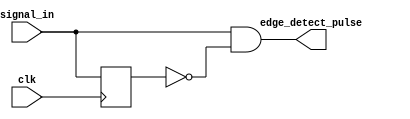
module edge_detector #(
    parameter WIDTH = 1
)(
    input clk,
    input [WIDTH-1:0] signal_in,
    output [WIDTH-1:0] edge_detect_pulse
);
    // TODO: implement a multi-bit edge detector that detects a rising edge of 'signal_in[x]'
    // and outputs a one-cycle pulse 'edge_detect_pulse[x]' at the next clock edge
    // Feel free to use as many number of registers you like
	reg [WIDTH-1:0] signal_in_delay;
	always @(posedge clk) begin
		signal_in_delay <= signal_in;
	end

	assign edge_detect_pulse = signal_in & ~signal_in_delay;
    // Remove this line once you create your edge detector
    //assign edge_detect_pulse = 0;
endmodule